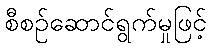
စီစဉ်ဆောင်ရွက်မှုဖြင့်